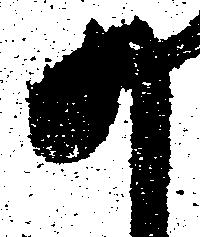
か